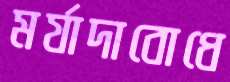
মর্যাদাবোধে